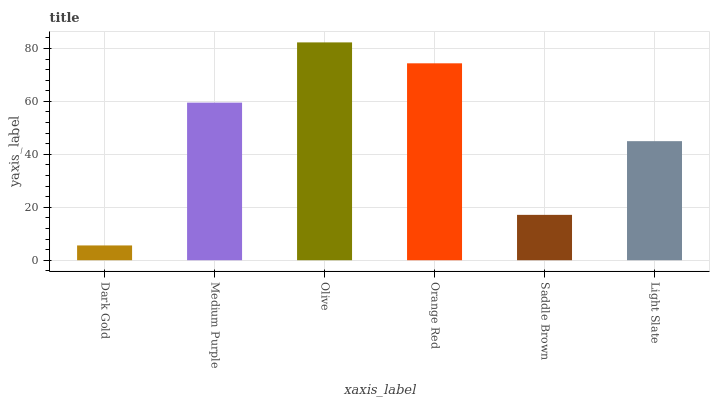
| xaxis_label | bars |
 | --- | --- |
 | Dark Gold | 5.59 |
 | Medium Purple | 59.5 |
 | Olive | 82.3 |
 | Orange Red | 74.4 |
 | Saddle Brown | 17.1 |
 | Light Slate | 45 |